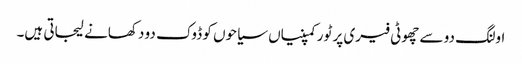
اولنگ دو سے چھوٹی فیری پر ٹور کمپنیاں سیاحوں کو ڈوک دو دکھانے لیجاتی ہیں۔